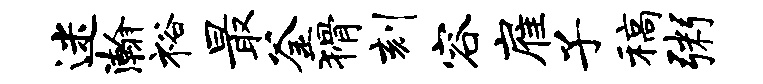
迷瀚裕最釜猾刻容雇子稿粥